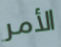
الأمر